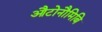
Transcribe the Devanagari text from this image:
औटोनौमिबि